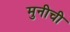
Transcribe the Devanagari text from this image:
मुनीची